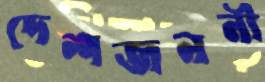
দেশজননী